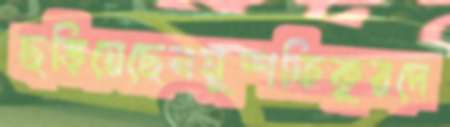
ছড়িয়েছেনমুশফিকুরদে